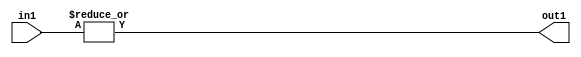
`timescale 1ps / 1ps
/*****************************************************************************
    Verilog RTL Description
    
    
    Created by: CellMath Designer 2019.1.01 
*******************************************************************************/

module fp_cmp_OrReduction_2S_1U_4_0 (
	in1,
	out1
	); /* architecture "behavioural" */ 
input [1:0] in1;
output  out1;
wire  asc001;

assign asc001 = 
	(|in1);

assign out1 = asc001;
endmodule

/* CADENCE  urb4Qwg= : u9/ySgnWtBlWxVPRXgAZ4Og= ** DO NOT EDIT THIS LINE ******/